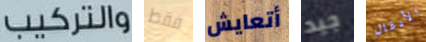
والتركيب فقط أتعايش جيد الأدغال